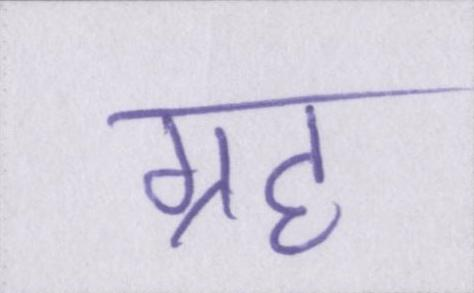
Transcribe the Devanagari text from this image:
ग्रह